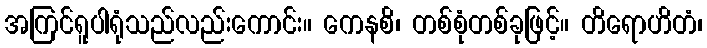
အကြင်ရူပါရုံသည်လည်းကောင်း။ ကေနစိ၊ တစ်စုံတစ်ခုဖြင့်။ တိရောဟိတံ၊